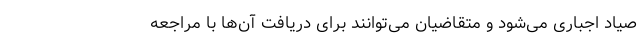
صیاد اجباری می‌شود و متقاضیان می‌توانند برای دریافت آن‌ها با مراجعه